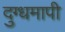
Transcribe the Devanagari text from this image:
दुग्धमापी